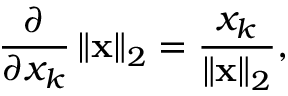
{ \frac { \partial } { \partial x _ { k } } } \left\| \mathbf { x } \right\| _ { 2 } = { \frac { x _ { k } } { \left\| \mathbf { x } \right\| _ { 2 } } } ,